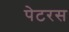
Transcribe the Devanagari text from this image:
पेटरस